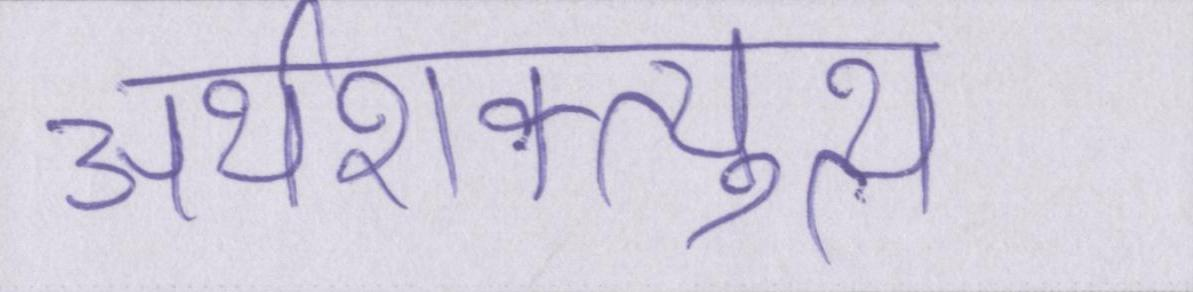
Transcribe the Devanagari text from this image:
अर्थशक्त्युत्थ